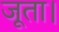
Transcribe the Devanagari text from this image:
जूता।